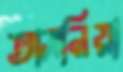
তাসনিয়া